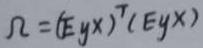
$\Omega = (\mathbb{E} y x)^{\top}(\mathbb{E} y x)$